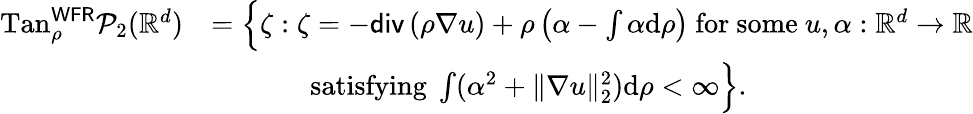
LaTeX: \begin{array}{rl}{\mathrm{Tan}_{\rho}^{\mathsf{WFR}}\mathcal{P}_{2}(\mathbb{R}^{d})}&{=\Big\{ \zeta:\zeta=-\mathsf{div}\left(\rho\nabla u\right)+\rho\left(\alpha-\int\alpha\mathrm{d}\rho\right)\mathrm{~for~some~}u,\alpha:\mathbb{R}^{d}\to\mathbb{R}}\\ &{\qquad\quad\; \: \mathrm{satisfying~}\int(\alpha^{2}+\Vert\nabla u\Vert_{2}^{2})\mathrm{d}\rho<\infty\Big\} .}\end{array}